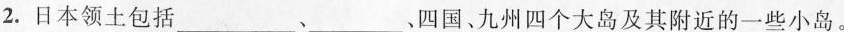
2.日本领土包括___、___、四国、九州四个大岛及其附近的一些小岛。